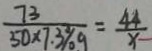
\frac { 7 3 } { 5 0 \times 7 . 3 \% g } = \frac { 4 4 } { x }